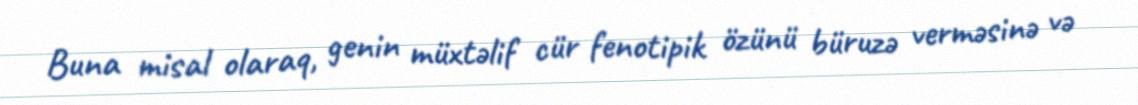
Buna misal olaraq, genin müxtəlif cür fenotipik özünü büruzə verməsinə və